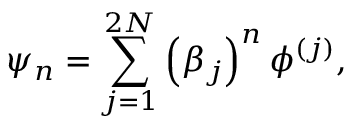
\psi _ { n } = \sum _ { j = 1 } ^ { 2 N } \left( \beta _ { j } \right) ^ { n } \phi ^ { \left( j \right) } ,